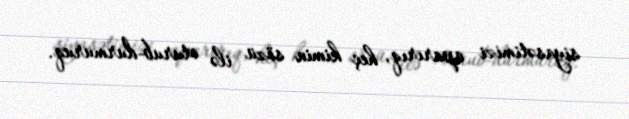
siyasətimizi aparırıq, heç kimin sözü ilə oturub-durmuruq.